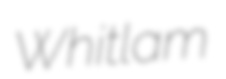
Whitlam